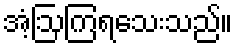
အံ့ဩကြရသေးသည်။